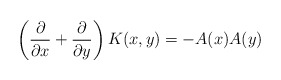
\begin{align*}\left( {\partial\over\partial x}+{\partial\over\partial y}\right) K(x,y) = - A(x) A(y)\end{align*}